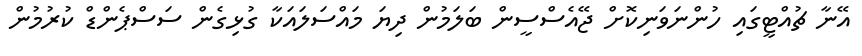
އޭނާ ޗުއްޓީގައި ހުންނަވަނިކޮށް ޖޭއެސްސީން ބަލަމުން ދިޔަ މައްސަލައަކާ ގުޅިގެން ސަސްޕެންޑް ކުރުމުން